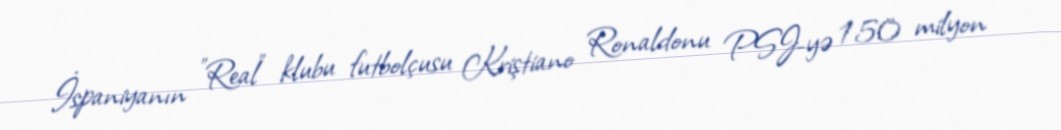
İspaniyanın "Real" klubu futbolçusu Kriştiano Ronaldonu PSJ-yə 150 milyon